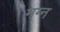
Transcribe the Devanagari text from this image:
मग्‍न